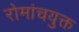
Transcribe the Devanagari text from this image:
रोमांचयुक्त